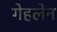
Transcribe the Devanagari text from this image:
गेहलेन